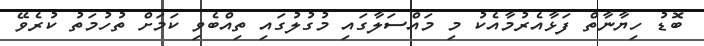
ބޮޑު ހިޔާނާތް ފަޅާއެރުމާއެކު މި މައްސަލާގައި މުގުލުގައި ތިއްބެވި ކަމަށް ތުހުމަތު ކުރެވޭ